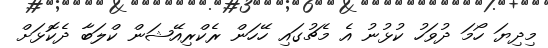
މިދިޔަ ހޯމަ ދުވަހު ކުޅުނު އެ މެޗުގައި ހޭހަން ރެކްރިއޭޝަން ކްލަބާ ދެކޮޅަށް